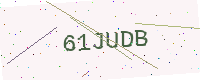
Text: 61JUDB